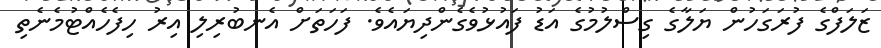
ޒަލަފްގެ ފުރަގަހުން ޔަލާގެ ގިސްލުމުގެ އަޑު ފައުޅުވެގެންދިޔައެވެ. ފަހަތަށް އެނބުރިލި އިރު ހިފެހެއްޓުމެނެތި